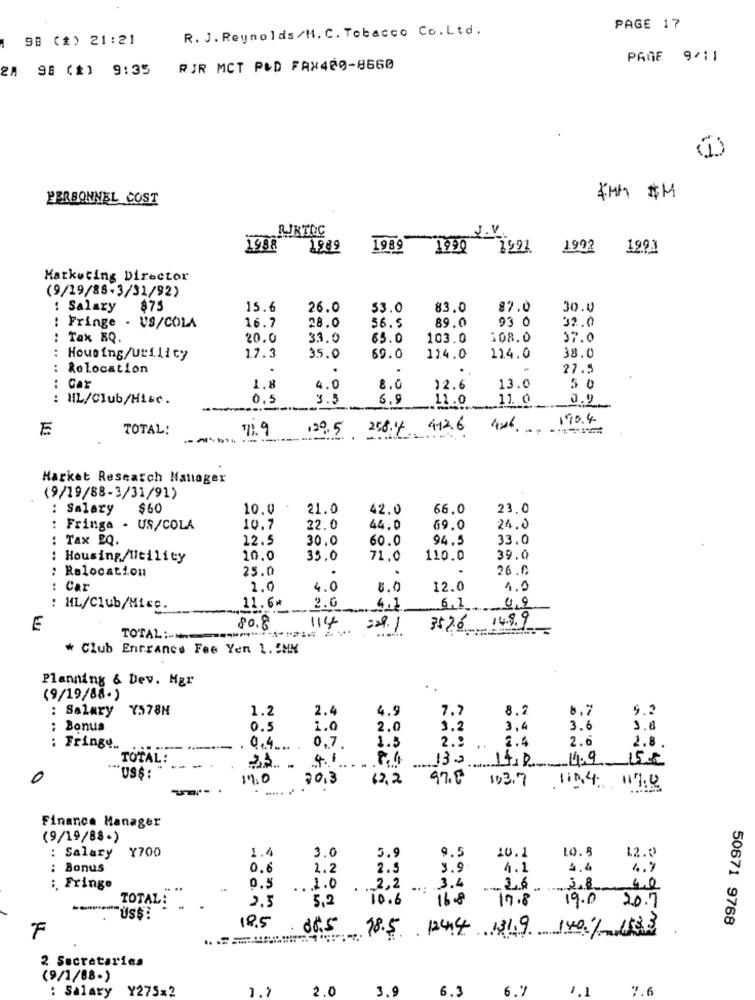
R. J. Reynolds/H. C. Tobacco Co.Ltd.
PAGE 17
98 (*) 21:21
PAGE 9/11
24 98 (2) 9:35
RIR MCT PLD FAX420-8660
(1)
PERSONNEL COST
4MM #M
J.V.
RIKTOG
1988 1989
1989 1990 1991
1992
1991
Marketing Director
(9/19/88-3/31/92)
: Salary
875
15.6
26.0
53.0
83.0
87.0
30.0
89.0
93 0
: Fringe . US/COLA
16.7
28.0
56.5
32.0
: Tax EQ.
20.0
33.0
65.0
103.0
108.0
37.0
: Housing/Utilicy
17.3
35.0
69.0
114.0
124.0
38.0
: Relocation
.. .. ..
.
.
27.5
: Car
1.8
4.0
8.0
12.6
13.0
50
: MIL/Club/Hisc.
0.5
3.5
6.9
11.0
11. 0
0.2
190.4
E
TOTAL:
71. 9
129.5 258.14
412.6
Market Research Manager
(9/19/88-3/31/91)
: Salary
$60
10.0
21.0
42.0
66.0
23.0
: Fringa - US/COLA
10.7
22.0
44.0
69.0
24.0
Tax EQ.
..
12.5
30.0
60.0
94.5
33.0
Housing/Utility
..
10.0
35,0
71,0
110.0
39.0
Relocation
25.0
.
26.C
Car
2,0
4.0
8.0
12.0
1.0
: ML/Club/Mice.
2.0
4.7
6.7
4,9
114
149.9
E
80.8
-*-
:29.1
3526
TOTAL :....
Club Entrance Fee Yen 1. 5MK
Planning & Dev. Mgr
(9/19/88-)
: Salary Y578N
1.2
2.4
4.9
7.7
8.2
8.7
9.2
: Bonus
0.5
1.0
2.0
3.2
3,4
3.6
2.2
2.4
2.6
2.8.
: Fringe ..
0.4 ... .
0.7.
1.5
..
TOTAL:
4.1
...
15€
....
0
'US$ :
19.0
20.3
62,2
97.8
103.7
112. 4: 117.8
Finance Manager
(9/19/88-)
Y700
1.4
3.0
5.9
9.5
10.1
10.8
12.0
: Salary
Bonus
0.6
1.2
2.5
3.9.
1.1
3,4
4.1
:. Fringe
0.5
2,2
3.4
4.0
TOTAL:
5.2
10.6
16.8
17.8
19.0 20.7
2.5
US$!
50671 9768
F
18.5
06.5
18.5 1244 131.9 140% 18E
2 Secratarica
(9/1/68-)
: Salary
Y275x2
2.0 3.9
6.3
6.7
9.6
1.1